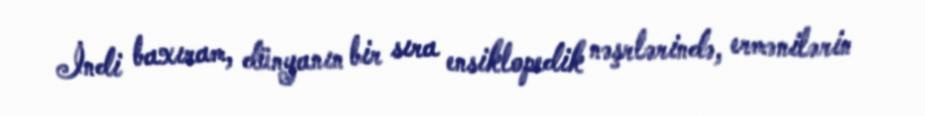
İndi baxıram, dünyanın bir sıra ensiklopedik nəşrlərində, ermənilərin